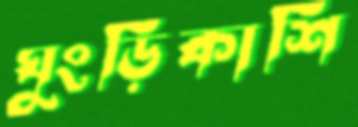
ঘুংড়িকাশি